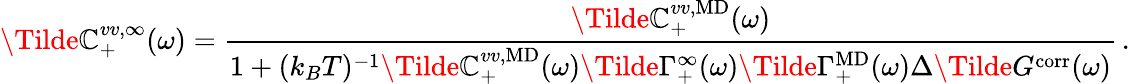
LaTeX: \Tilde{\mathbb{C}}_{+}^{vv,\infty}(\omega)=\frac{{\Tilde{\mathbb{C}}_{+}^{vv,\mathrm{{MD}}}(\omega)}}{{1+(k_{B}T)^{-1}\Tilde{\mathbb{C}}_{+}^{vv,\mathrm{{MD}}}(\omega)\Tilde{\Gamma}_{+}^{\infty}(\omega)\Tilde{\Gamma}_{+}^{\mathrm{{MD}}}(\omega)\Delta\Tilde{G}^{\mathrm{{corr}}}(\omega)}}\, .